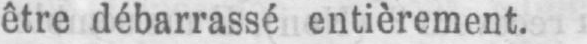
être débarrassé entièrement.